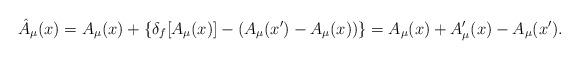
LaTeX: \begin{align*}\hat A_\mu (x)=A_\mu (x)+\{\delta_f[A_\mu (x)]-(A_\mu (x')-A_\mu (x))\}=A_\mu (x)+A'_\mu (x)-A_\mu (x'). \end{align*}